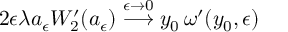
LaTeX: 2 \epsilon \lambda a _ { \epsilon } W _ { 2 } ^ { \prime } ( a _ { \epsilon } ) \stackrel { \epsilon \to 0 } { \longrightarrow } y _ { 0 } \, \omega ^ { \prime } ( y _ { 0 } , \epsilon )